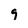
Character: 9